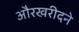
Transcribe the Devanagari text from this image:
औरखरीदने